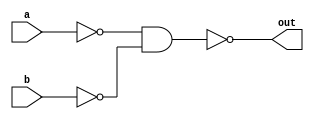
module my_or(out,a,b);

	//ports
	input a,b;
	output out;

	//internal nets
	wire d,e;


	//instantiate primitives
	nand(d,a,a);
	nand(e,b,b);
	nand(out,d,e);


endmodule